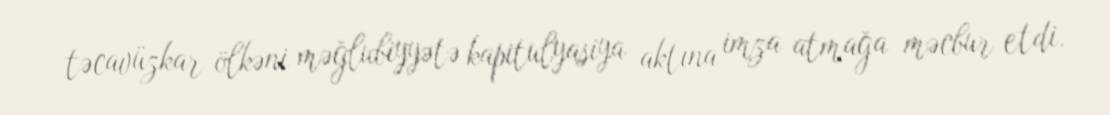
təcavüzkar ölkəni məğlubiyyətə kapitulyasiya aktına imza atmağa məcbur etdi.